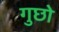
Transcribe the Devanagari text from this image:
गुछो